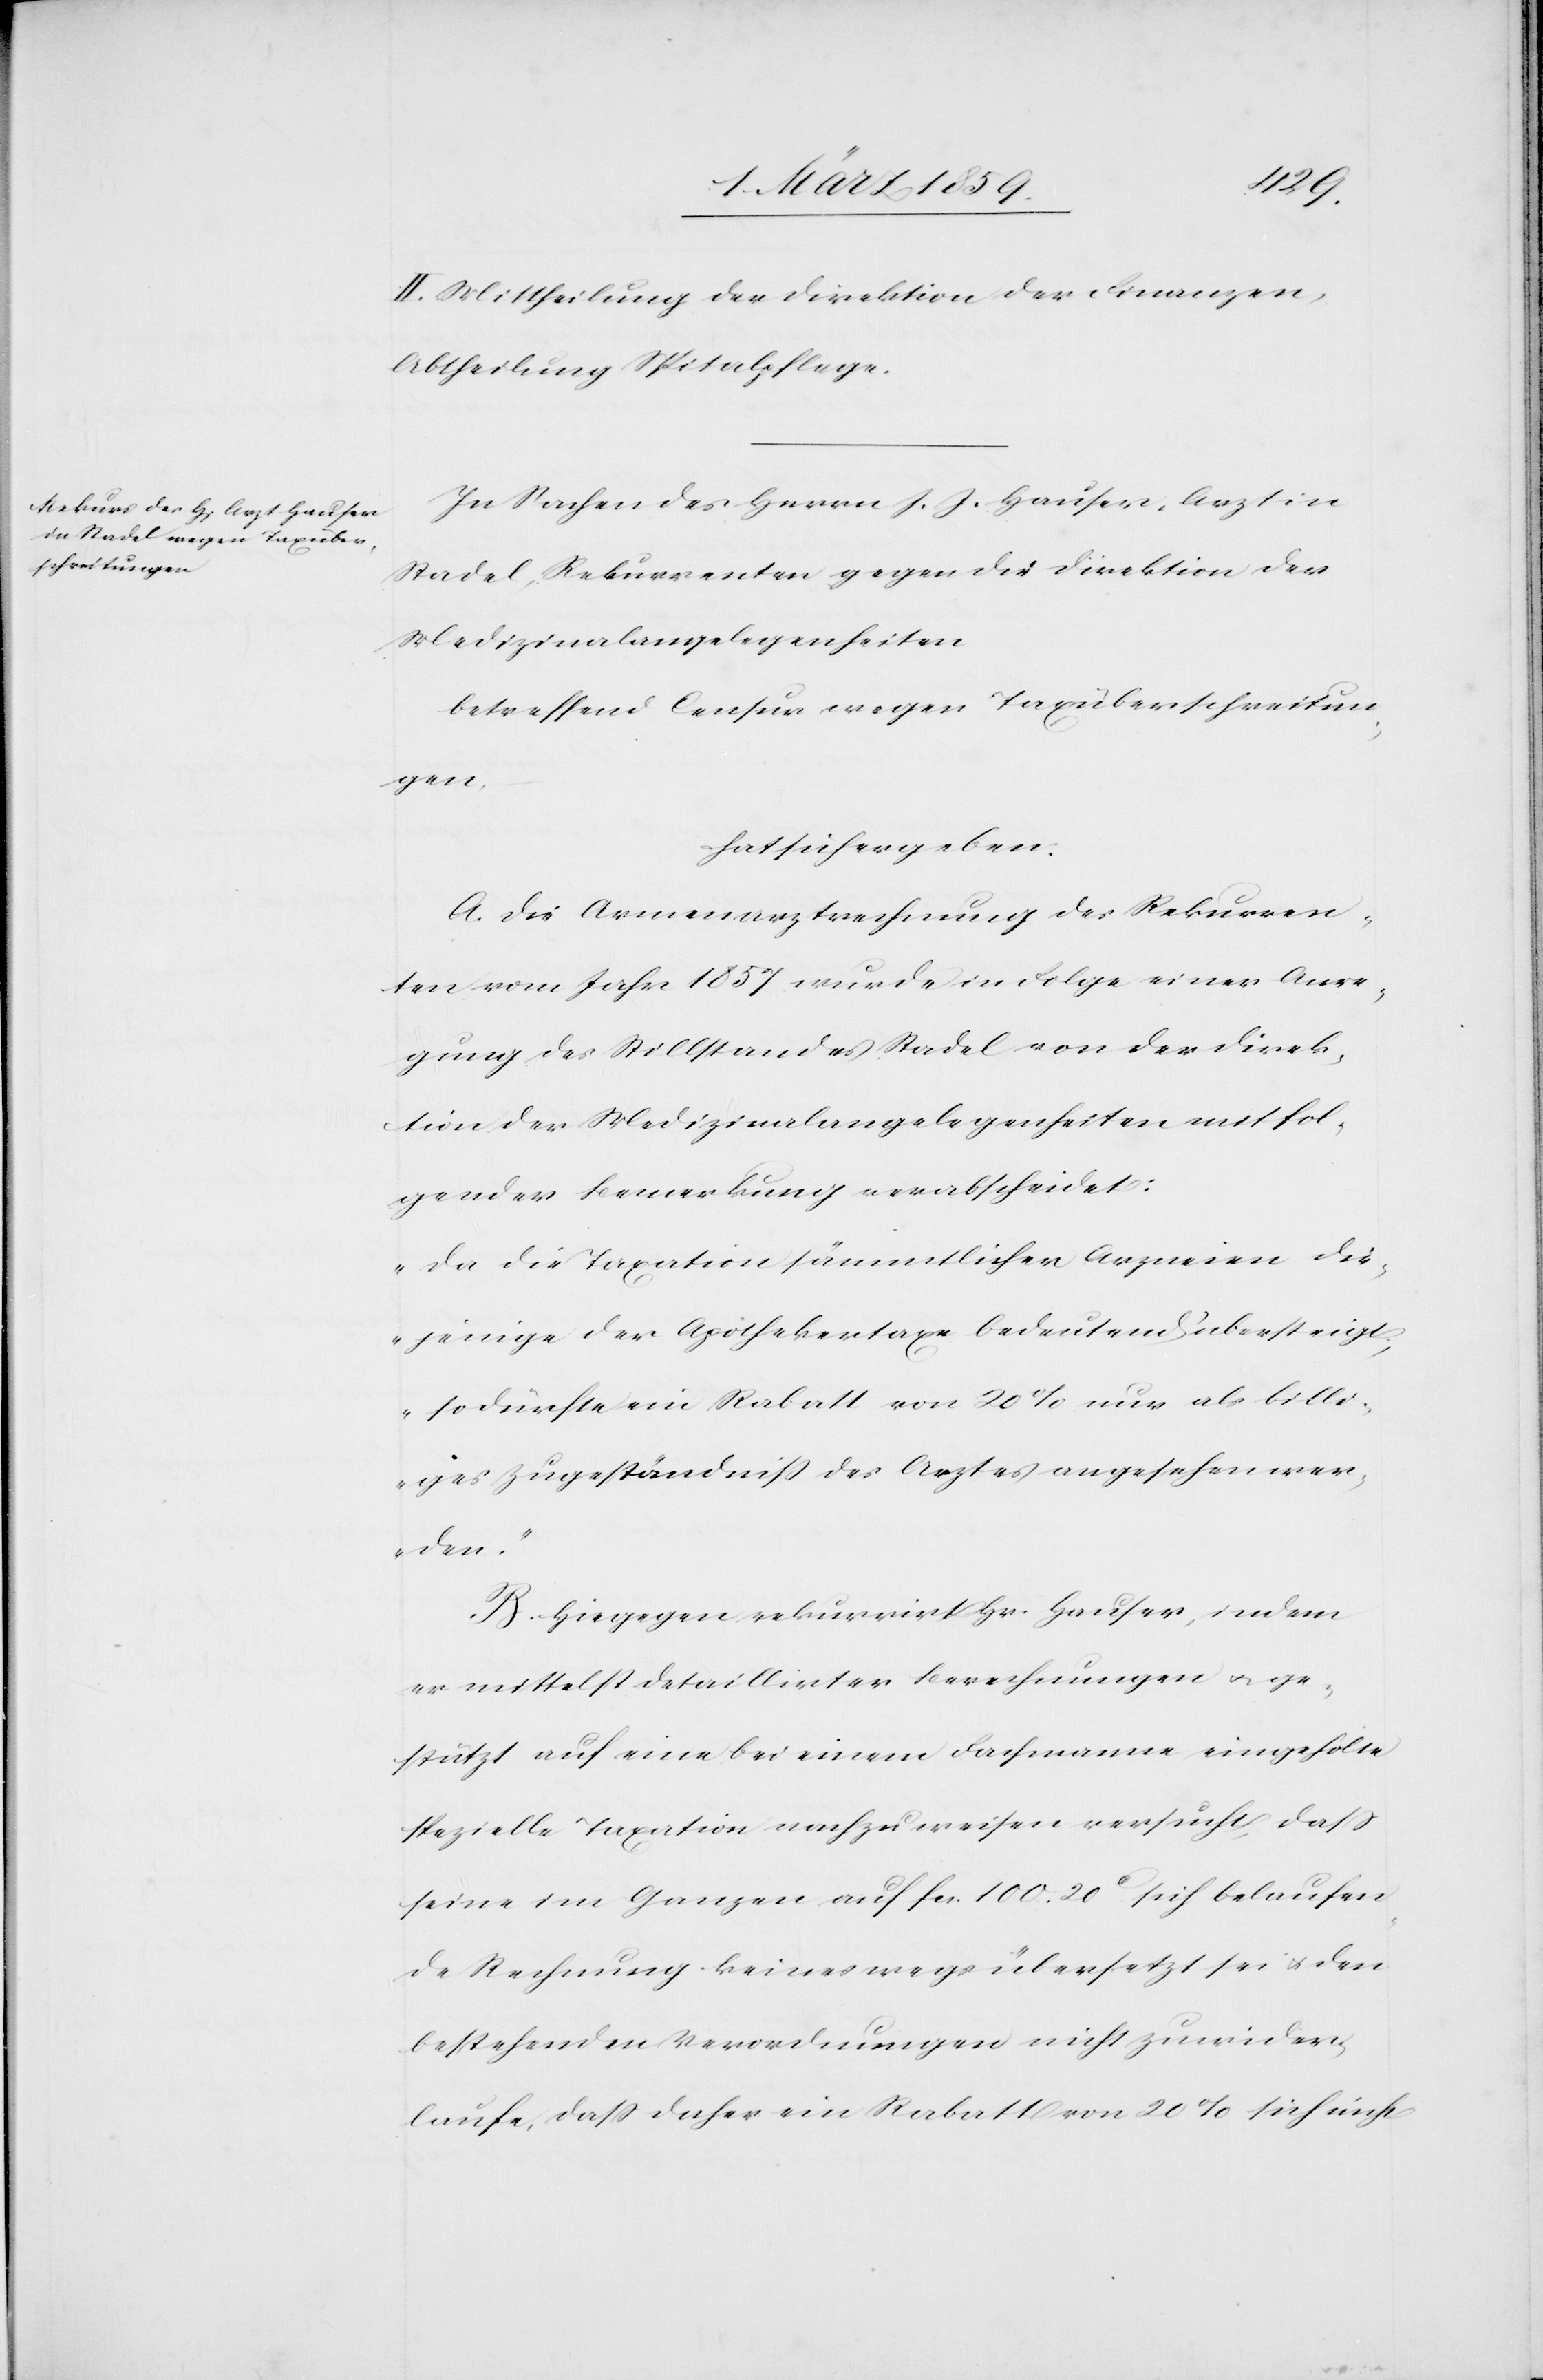
II. Mittheilung der Direktion der Finanzen,
Abtheilung Spitalpflege.
In Sachen des Herrn J. J. Hauser, Arzt in
Stadel, Rekurrenten gegen die Direktion der
Medizinalangelegenheiten
betreffend Censur wegen Taxüberschreitun¬
gen,
hat sich ergeben:
A. Die Armenarztrechnung des Rekurren¬
ten vom Jahr 1857 wurde in Folge einer Anre¬
gung des Stillstandes Stadel von der Direk¬
tion der Medizinalangelegenheiten mit fol¬
gender Bemerkung verabscheidet:
„Da die Taxation sämmtlicher Arzneien die¬
jenige der Apothekertaxe bedeutend übersteigt,
so dürfe ein Rabatt von 20 % nur als billi¬
ges Zugeständniß des Arztes angesehen wer¬
den.“
B. Hiegegen rekurrirt Hr. Hauser, indem
er mittelst detaillirter Berechnungen u. ge¬
stützt auf eine bei einem Fachmanne eingeholte
spezielle Taxation nachzuweisen versucht, daß
seine im Ganzen auf fcs. 100. 20 c sich belaufen¬
de Rechnung keineswegs übersetzt sei u. den
bestehenden Verordnungen nicht zuwider¬
laufe, daß daher ein Rabatt von 20 % sich nicht